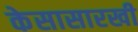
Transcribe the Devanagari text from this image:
केसासारखी